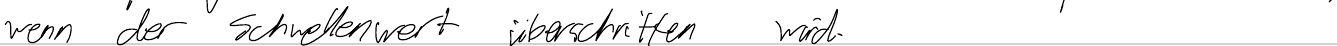
wenn der Schwellenwert überschritten wird.